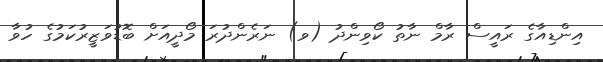
އިންޑިއާގެ ރައީސް ރާމް ނާތު ކޯވިންދު (ވ) ނަރެންދުރަ މޯދީއަށް ބޮޑުވަޒީރުކަމުގެ ހުވާ